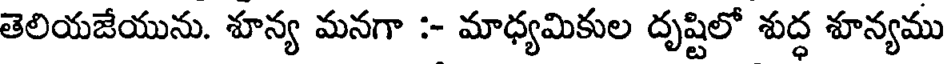
తెలియజేయును. శూన్య మనగా :- మాధ్యమికుల దృష్టిలో శుద్ధ శూన్యము